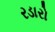
રડારો